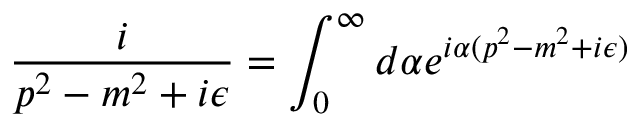
\frac { i } { p ^ { 2 } - m ^ { 2 } + i \epsilon } = \int _ { 0 } ^ { \infty } d \alpha e ^ { i \alpha ( p ^ { 2 } - m ^ { 2 } + i \epsilon ) }